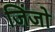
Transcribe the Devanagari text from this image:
जिंजो